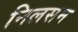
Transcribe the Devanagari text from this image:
निलसन